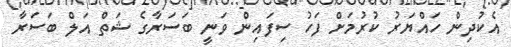
އެކުދިން ހައްޔަރު ކުރުމަށް ފަހު ސިފައިން ވަނީ ބަސަރާގެ ޝަތް އަލް ބަސަރާ